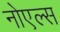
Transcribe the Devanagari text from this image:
नोएल्स